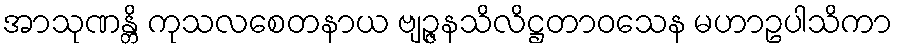
အာသုဏန္တိ ကုသလစေတနာယ ဗျဉ္ဇနသိလိဋ္ဌတာဝသေန မဟာဥပါသိကာ